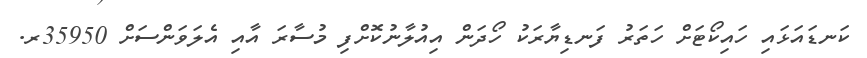
ކަނޑައަޅައި ހައިކޯޓަށް ހަތަރު ފަނޑިޔާރަކު ހޯދަން އިއުލާނުކޮށްފި މުސާރަ އާއި އެލަވަންސަށް 35950ރ.